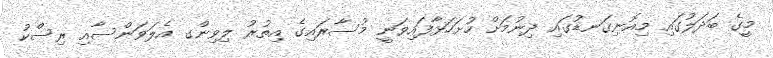
މީގެ ބަދަލުގައި މިއޮނިގަނޑުގައި ދިނުމަށް ހުށަހަޅާފައިވަނީ މުސާރައިގެ އިތުރު ލިވިންގ އެލަވަންސާއި ރިސްކު